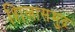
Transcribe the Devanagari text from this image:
शिलासमुद्र